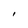
Character: I